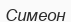
Симеон